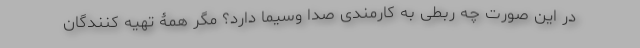
در این صورت چه ربطی به کارمندی صدا وسیما دارد؟ مگر همۀ تهیه کنندگان